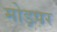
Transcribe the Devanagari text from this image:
मोड़पर